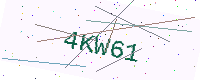
Text: 4KW61